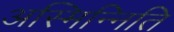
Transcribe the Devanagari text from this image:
अस्मिन्निति